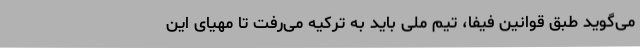
می‌گوید طبق قوانین فیفا، تیم ملی باید به ترکیه می‌رفت تا مهیای این